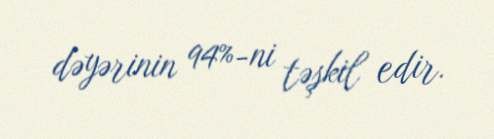
dəyərinin 94%-ni təşkil edir.